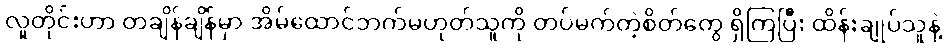
လူတိုင်းဟာ တချိန်ချိန်မှာ အိမ်ထောင်ဘက်မဟုတ်သူကို တပ်မက်တဲ့စိတ်တွေ ရှိကြပြီး ထိန်းချုပ်သူနဲ့